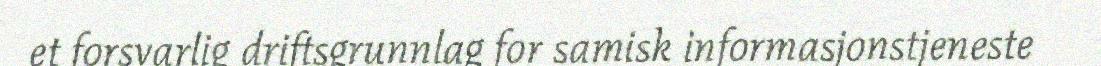
et forsvarlig driftsgrunnlag for samisk informasjonstjeneste